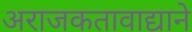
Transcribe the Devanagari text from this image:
अराजकतावाद्याने